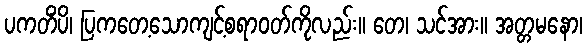
ပကတိံပိ၊ ပြကတေ့သောကျင့်စရာဝတ်ကိုလည်း။ တေ၊ သင်အား။ အတ္တမနော၊